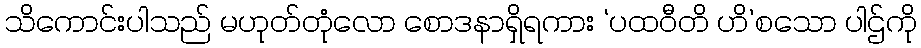
သိကောင်းပါသည် မဟုတ်တုံလော စောဒနာရှိရကား ‘ပထဝီတိ ဟိ’စသော ပါဌ်ကို